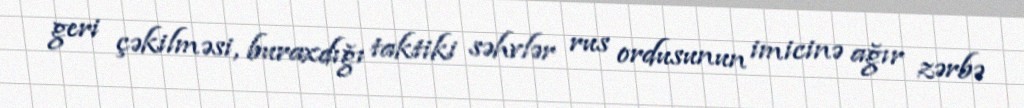
geri çəkilməsi, buraxdığı taktiki səhvlər rus ordusunun imicinə ağır zərbə